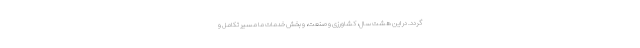
گردد. در این هشت سال، کشاورزی و صنعت، و بخش خدمات ما مسیر تکامل و